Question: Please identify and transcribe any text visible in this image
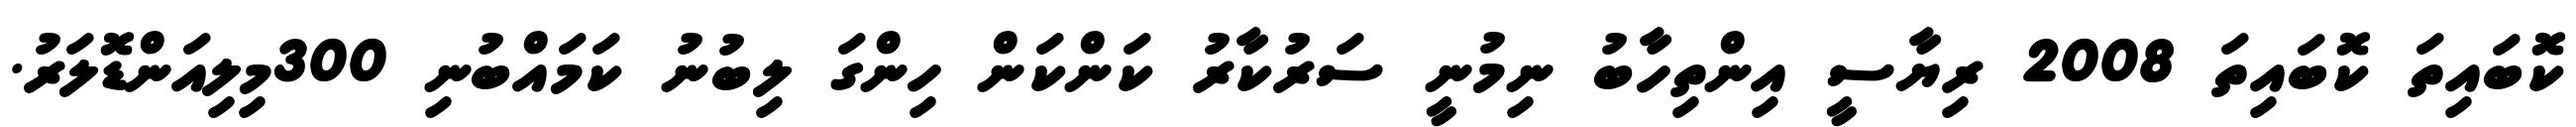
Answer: ކޮބައިތަ ކޮބައިތަ 2008 ރިޔާސީ އިންތިހާބު ނިމުނީ ސަރުކާރު ކަންކަން ހިންގަ ލިބުނު ކަމައްބުނި 300މިލިއަންޑޮލަރު.